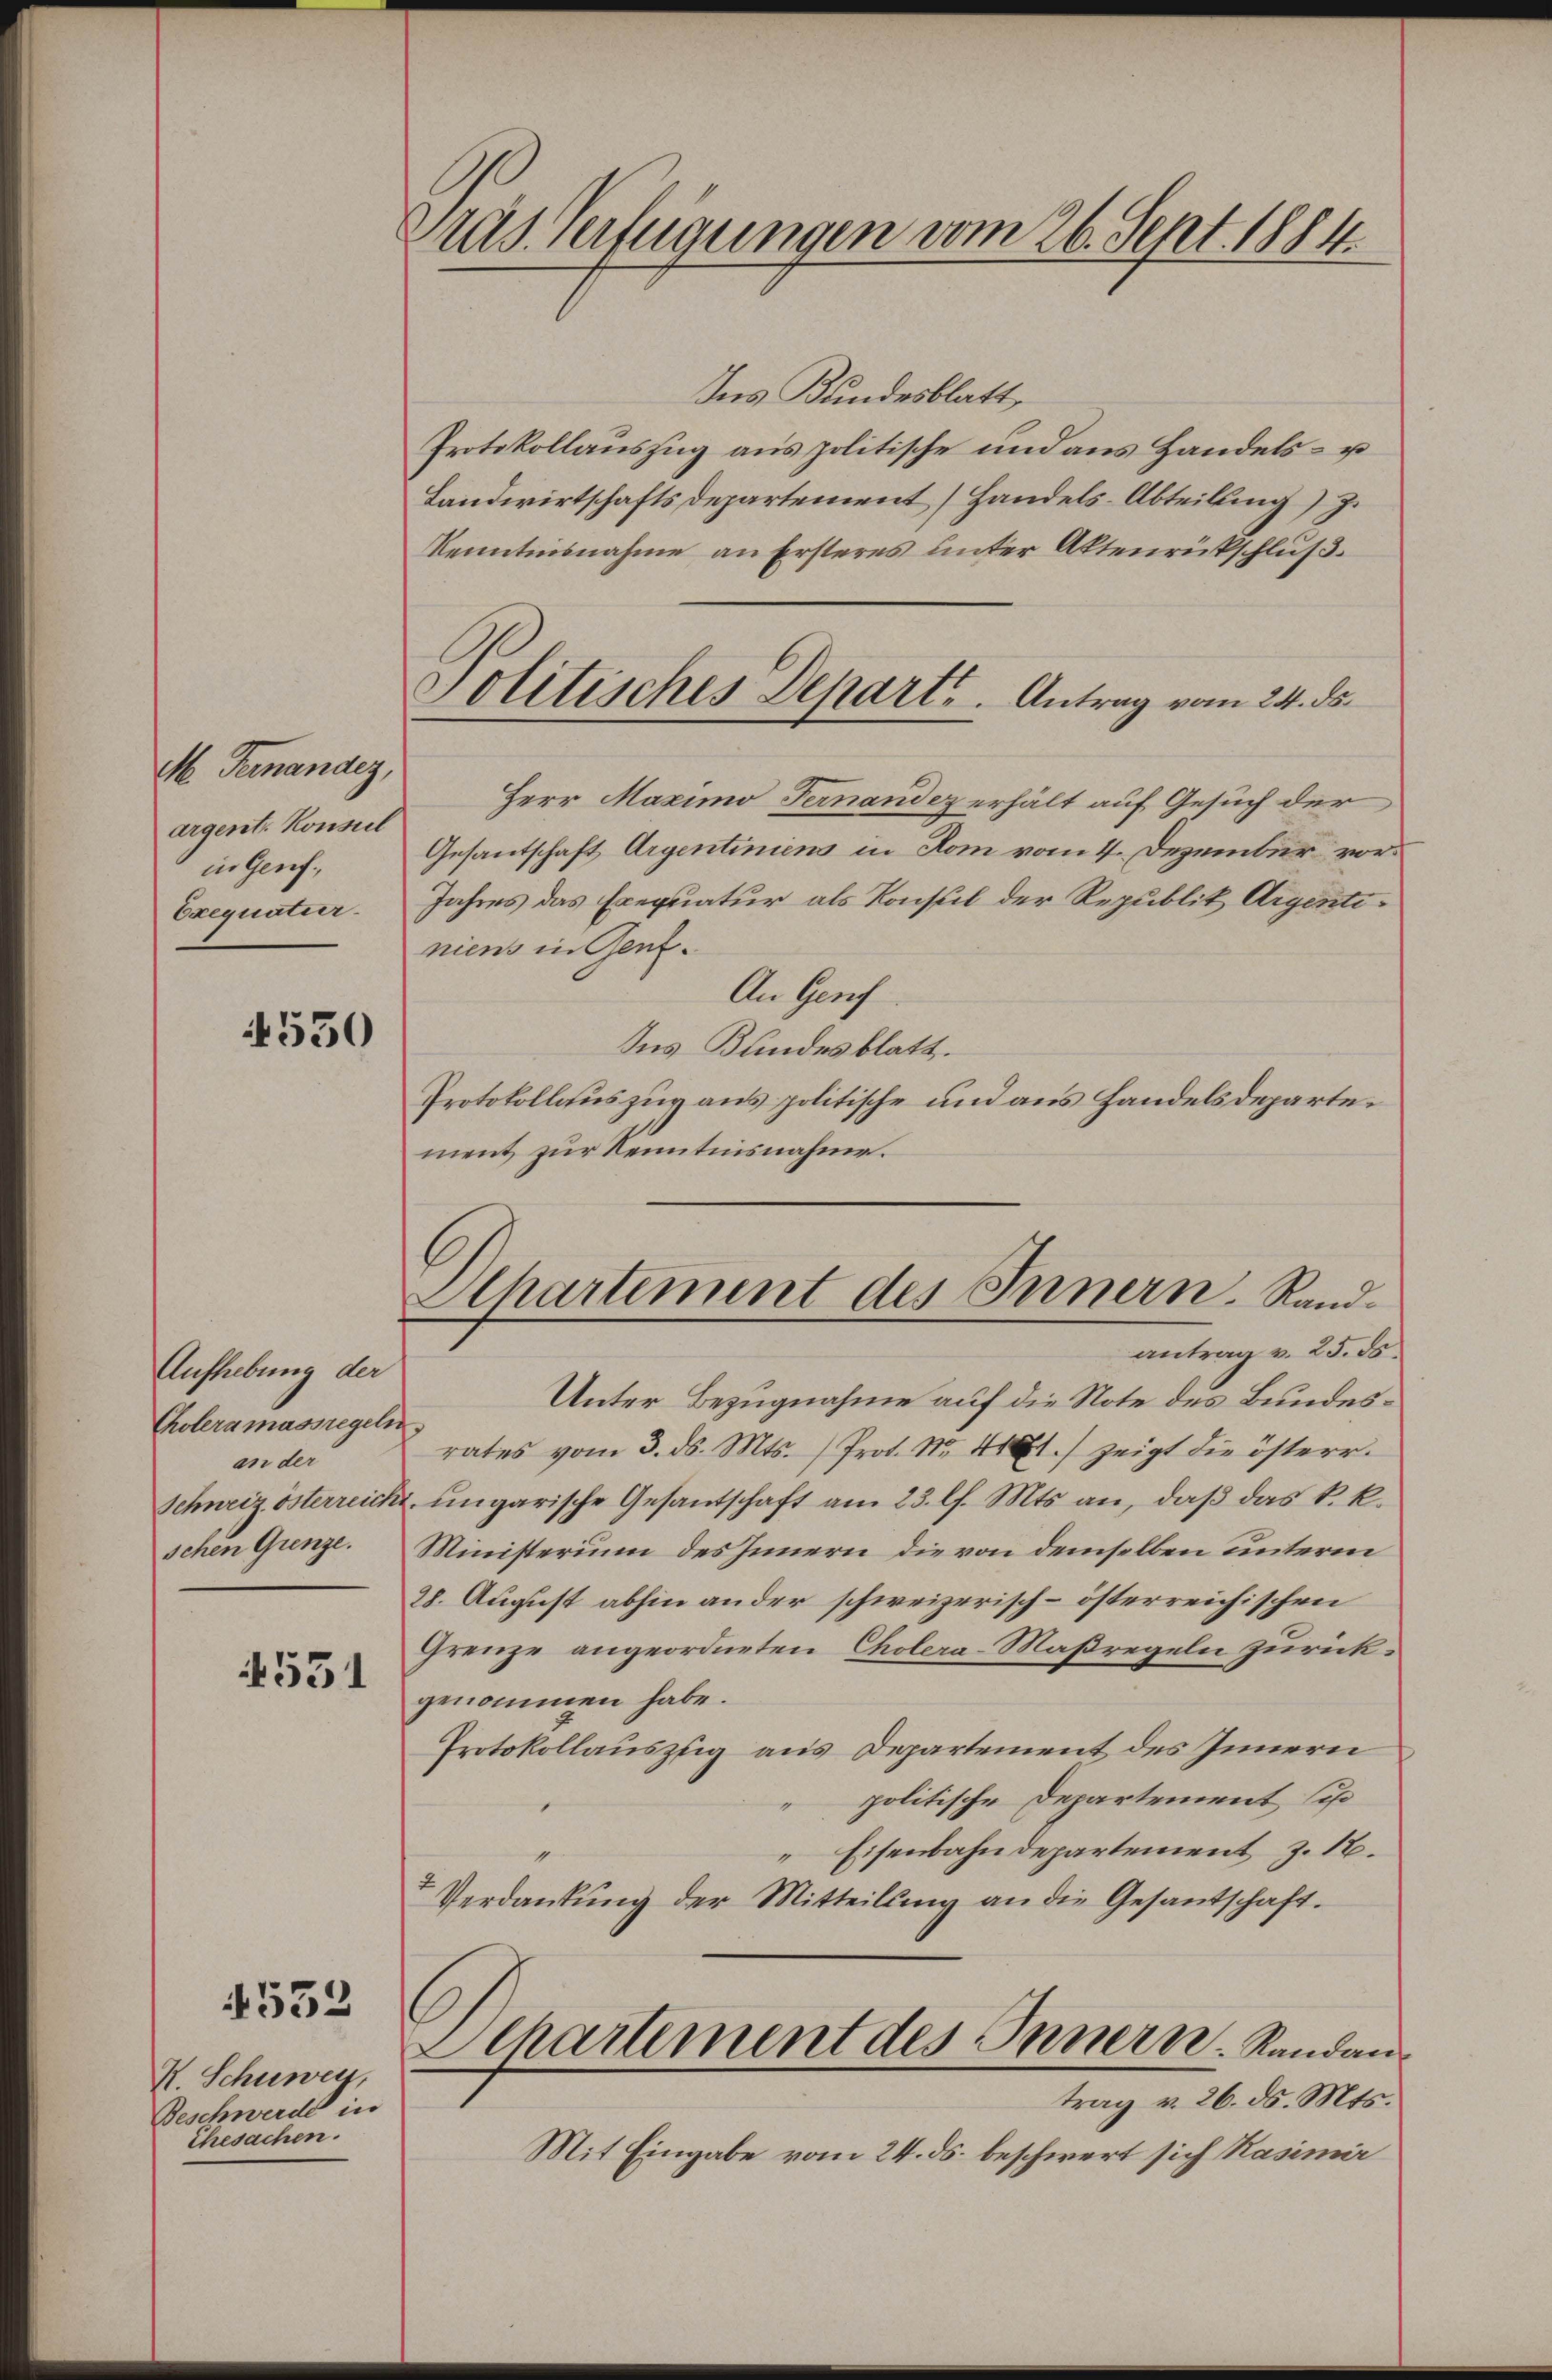
M. Fernander,
argent. Konseil
in Genf.
Exequatur.

4530

Aufhebung der
Choleramassregel
an der
Schweiz österreich
schen Grenze.

4531

532

R. Schuwey,
Beschwerde in
Ehesachen.

Das Verfügungen vom 26. Sept. 1884.

Ins Kundesblatt
Protokollauszug aus politische und aus Handels- u
Landwirtschaftsdepartement (Handels-Abteilung) J.
Kenntnisnahme an Ersteres unter Aktenrückschluß
Herr Maximo Fernandez erhält auf Gesuch der
Gesantschaft Argentiniens in Rom vom 4. Dezember vor¬
Jahres das Exequatur als Konsul der Republik Argentiniens in Gent.
An Genf
Ins Bundesblatt.
Protokollauszug aus politische und aus Handelsdepartement zur Kenntnisnahme.
Departement des Innern Randantrag v. 25. ds.
Unter Bezugnahme auf die Note des Bundes¬
¬
rates vom 3. ds. Mts. ) Prot. Nr. 4 t.) zeigt die österr.
ungarische Gesantschaft am 23. l. Mts. an, daß das k. k.
Ministerium des Innern die von demselben unterm
28. August abhin ander schweizerisch-österreichischen
Grenze angeordneten Cholera-Maßregeln zurückgenommen habe.
Protokollauszug aus Departement des Innern
politische Departement, si
Eisenbahndepartement z. 16.
 Verdankŭng der Mitteilung an die Gesantschaft.
Departement des Innern. Randaus
trag v. 26. ds. Mts.
Mit Eingabe vom 24. ds. beschwert sich Kasimir

Politisches Departs. Antrag vom 24. ds.